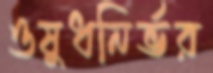
ওষুধনির্ভর